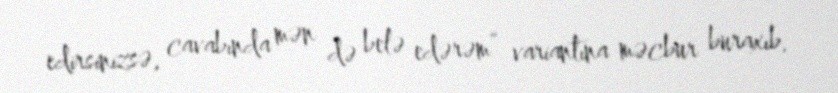
edirsinizsə, cavabında mən də belə edərəm” variantına məcbur buraxıb.